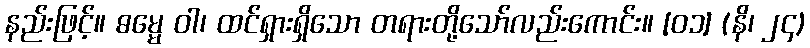
နည်းဖြင့်။ ဓမ္မေ ဝါ၊ ထင်ရှားရှိသော တရားတို့သော်လည်းကောင်း။ [၀၁] (နိ၊ ၂၄)